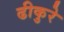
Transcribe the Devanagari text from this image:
ढीकुरे